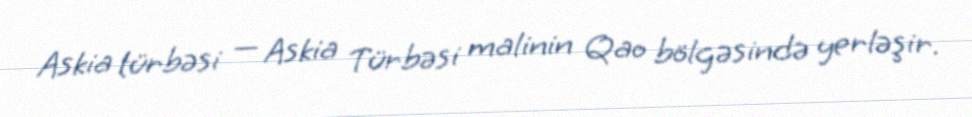
Askia türbəsi — Askia Türbəsi malinin Qao bölgəsində yerləşir.